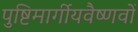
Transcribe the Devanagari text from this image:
पुष्टिमार्गीयवैष्णवों